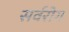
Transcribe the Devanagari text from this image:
सर्वरोग